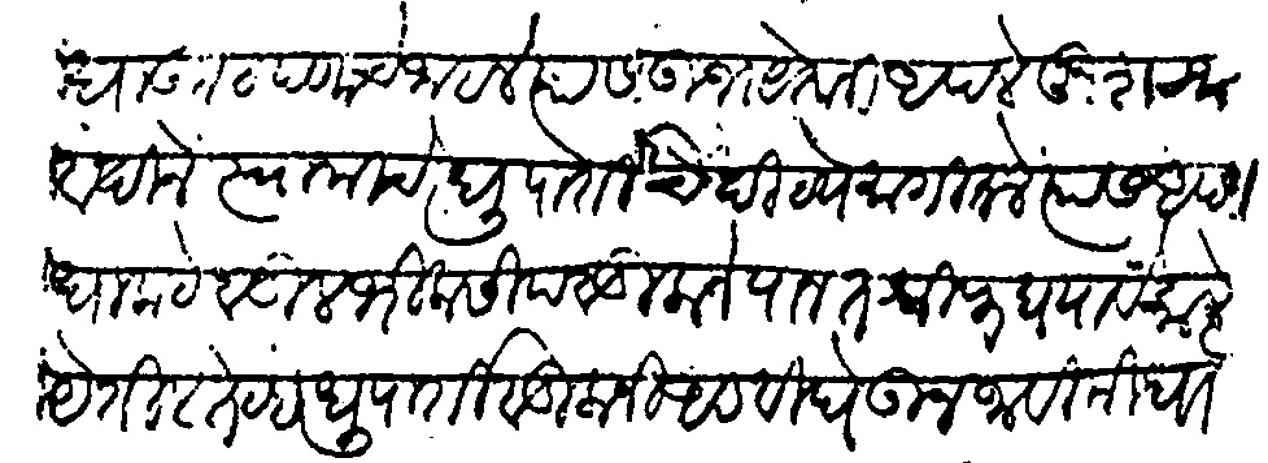
Transliteration (Devanagari): धाकूटपणाचे जाहाले त्यास उभयेतानी आपले खुश रजावदीने स्वामीचे धूपार्टीचे दिव्ये मागीतले त्यास आपण धाकटे वडिल भिकसिद वडीलाने पानतश्रीफ घयावे काले येतील तेव्हा धुपार्टी वडिलांनी आडवी घेऊन जावी मी धाकटा